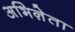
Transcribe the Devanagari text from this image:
अभिऩेता